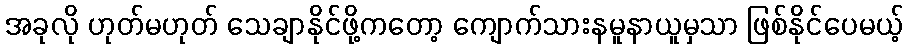
အခုလို ဟုတ်မဟုတ် သေချာနိုင်ဖို့ကတော့ ကျောက်သားနမူနာယူမှသာ ဖြစ်နိုင်ပေမယ့်